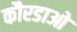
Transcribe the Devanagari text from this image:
कौरडाओ